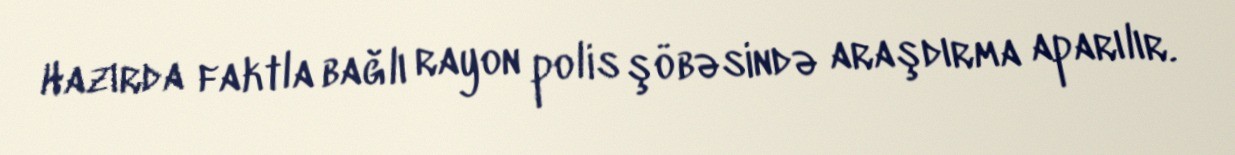
Hazırda faktla bağlı rayon polis şöbəsində araşdırma aparılır.